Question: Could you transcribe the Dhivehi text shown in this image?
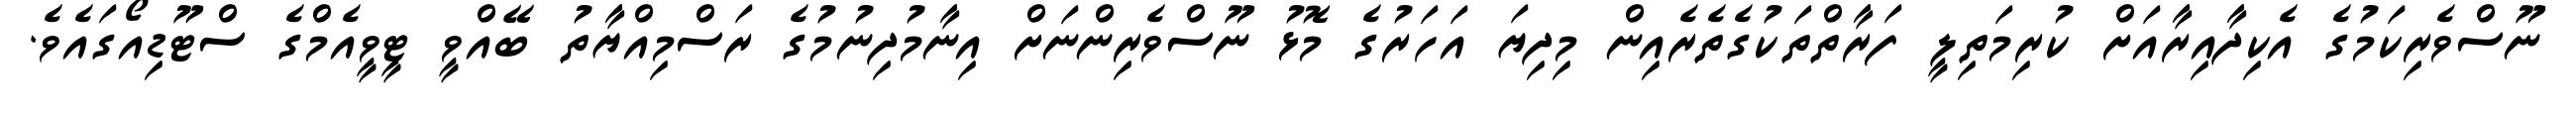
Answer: ނޫސްވެރިކަމުގެ އެކިދާއިރާއަށް ކުރިމަތިލީ ފަރާތްތަކުގެތެރެއިން މިދިޔަ އަހަރުގެ މޮޅު ނޫސްވެރިންނަށް އިނާމުދިނުމުގެ ރަސްމިއްޔާތު ބޭއްވީ ޓީވީއެމްގެ ސްޓޫޑިއޯގައެވެ.